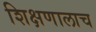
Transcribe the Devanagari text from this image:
शिक्षणालाच